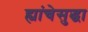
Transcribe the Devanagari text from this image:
ह्यांचेसुद्धा